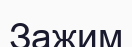
Зажим